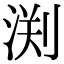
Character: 渕